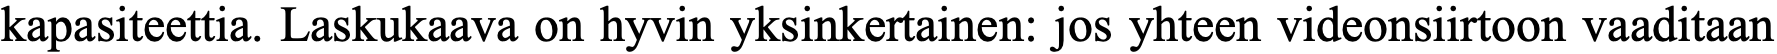
kapasiteettia. Laskukaava on hyvin yksinkertainen: jos yhteen videonsiirtoon vaaditaan